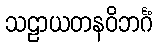
သဠာယတနဝိဘင်္ဂံ